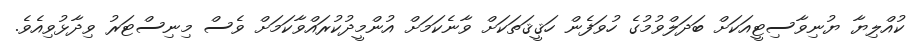
ކުއްލިޔާ ޔުނިވާސިޓީއަކަށް ބަދަލްވުމުގެ ހުވަފެން ހަޤީޤަތަކަށް ވާނެކަމަށް އުންމީދުކުރައްވާކަމަށް ވެސް މިނިސްޓަރު ވިދާޅުވިއެވެ.